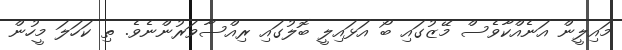
މައިލީން އަނެއްކާވެސް މޭޒުގައި ބޯ އަޅައިލީ ބޮލުގައި ރިއްސާވަރުންނެވެ. ތި ކަހަލަ މީހުން